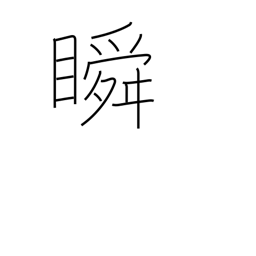
Meaning: wink